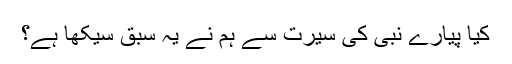
کیا پیارے نبی کی سیرت سے ہم نے یہ سبق سیکھا ہے؟